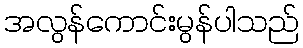
အလွန်ကောင်းမွန်ပါသည်